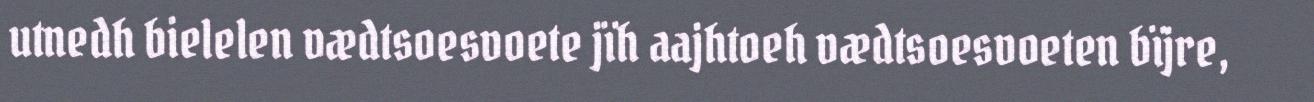
utnedh bielelen vædtsoesvoete jïh aajhtoeh vædtsoesvoeten bïjre,